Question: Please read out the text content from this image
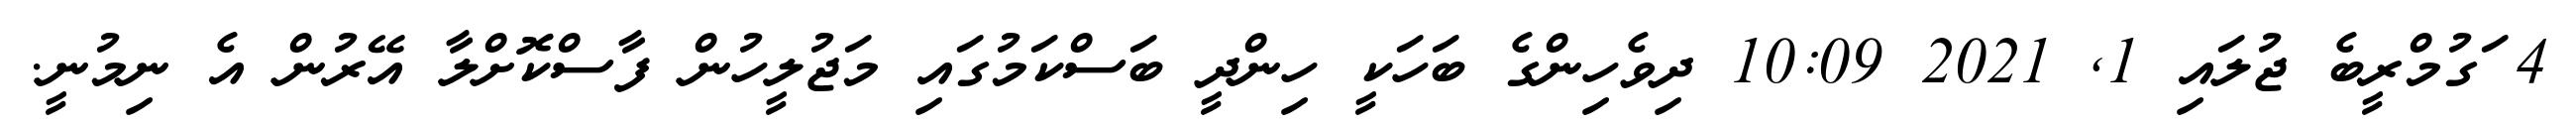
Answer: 4 ަގުމްރީބެ ޖުލައި 1, 2021 10:09 ދިވެހިންގެ ބަހަކީ ހިންދީ ބަސްކަމުގައި މަޖުލީހުން ފާސްކޮށްލާ އޭރުން އެ ނިމުނީ.